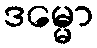
ဒမ္မော